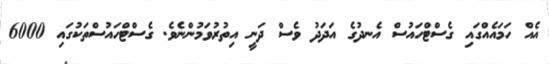
އެއް ހަމައެއްގައި ގެސްޓްހައުސް އެނދުގެ އަދަދު ވެސް ދަނީ އިތުރުވަމުންނެވެ. ގެސްޓްހައުސްތަކުގައި 6000